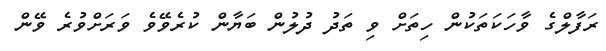
ރަފާލްގެ ވާހަކަތަކުން ހިތަށް ވި ތަދު ދުލުން ބަޔާން ކުރެވޭވެ ވަރަށްވުރެ ވޭން